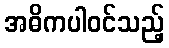
အဓိကပါဝင်သည့်